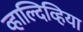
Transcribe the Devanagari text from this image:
व्हाल्दिव्हिया